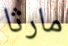
مارثا